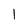
Character: 1